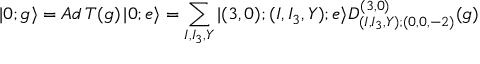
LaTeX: | 0 ; g \rangle = A d \, T ( g ) \, | 0 ; e \rangle = \sum _ { I , I _ { 3 } , Y } | ( 3 , 0 ) ; ( I , I _ { 3 } , Y ) ; e \rangle D _ { ( I , I _ { 3 } , Y ) ; ( 0 , 0 , - 2 ) } ^ { ( 3 , 0 ) } ( g )